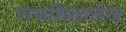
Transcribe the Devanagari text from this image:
राजशिलालेख